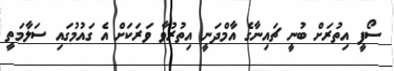
ސޯފީ އިތުރަށް ބުނީ ޗައިނާގެ އާމްދަނީ އިތުރުވާ ވަރަކަށް އެ ގައުމުގައި ސަލާމަތީ